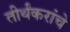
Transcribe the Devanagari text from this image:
तीर्थंकरांचे